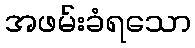
အဖမ်းခံရသော